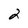
Character: 2